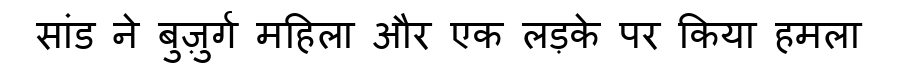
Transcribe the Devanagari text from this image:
सांड ने बुज़ुर्ग महिला और एक लड़के पर किया हमला